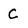
Character: C